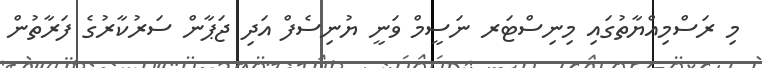
މި ރަސްމިއްޔާތުގައި މިނިސްޓަރ ނަސީމް ވަނީ ޔުނިސެފް އަދި ޖަޕާން ސަރުކާރުގެ ފަރާތުން